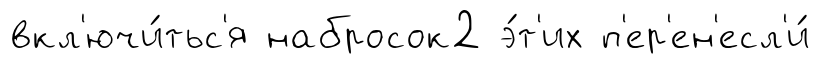
вкл'ючи́тьс'я набросок2 э́т'их п'ер'ен'есл'и́